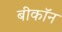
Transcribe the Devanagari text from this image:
बीकॉन